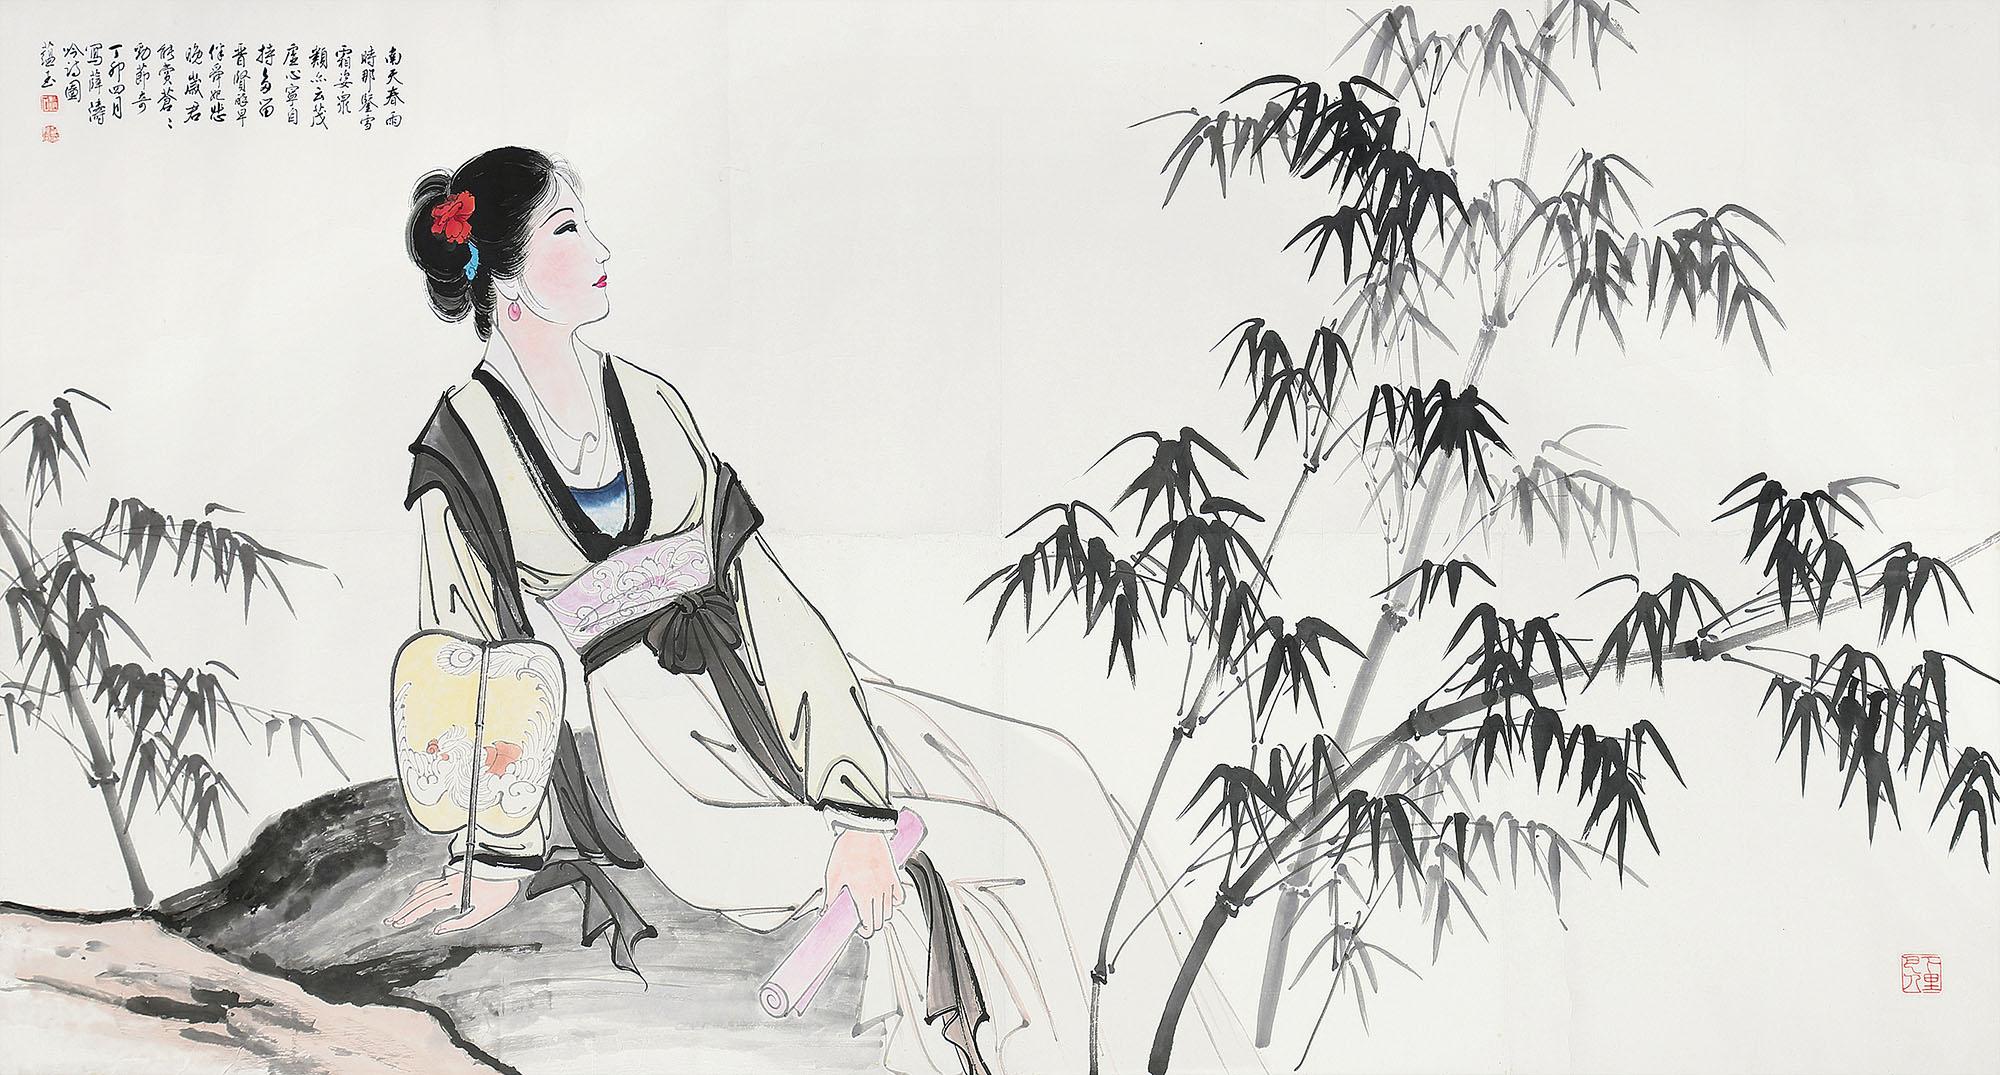
扫眉才子知多少，管领春风总不如。